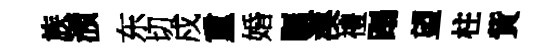
族澦东切戍重婚瞩漠禮蹋望柱貲